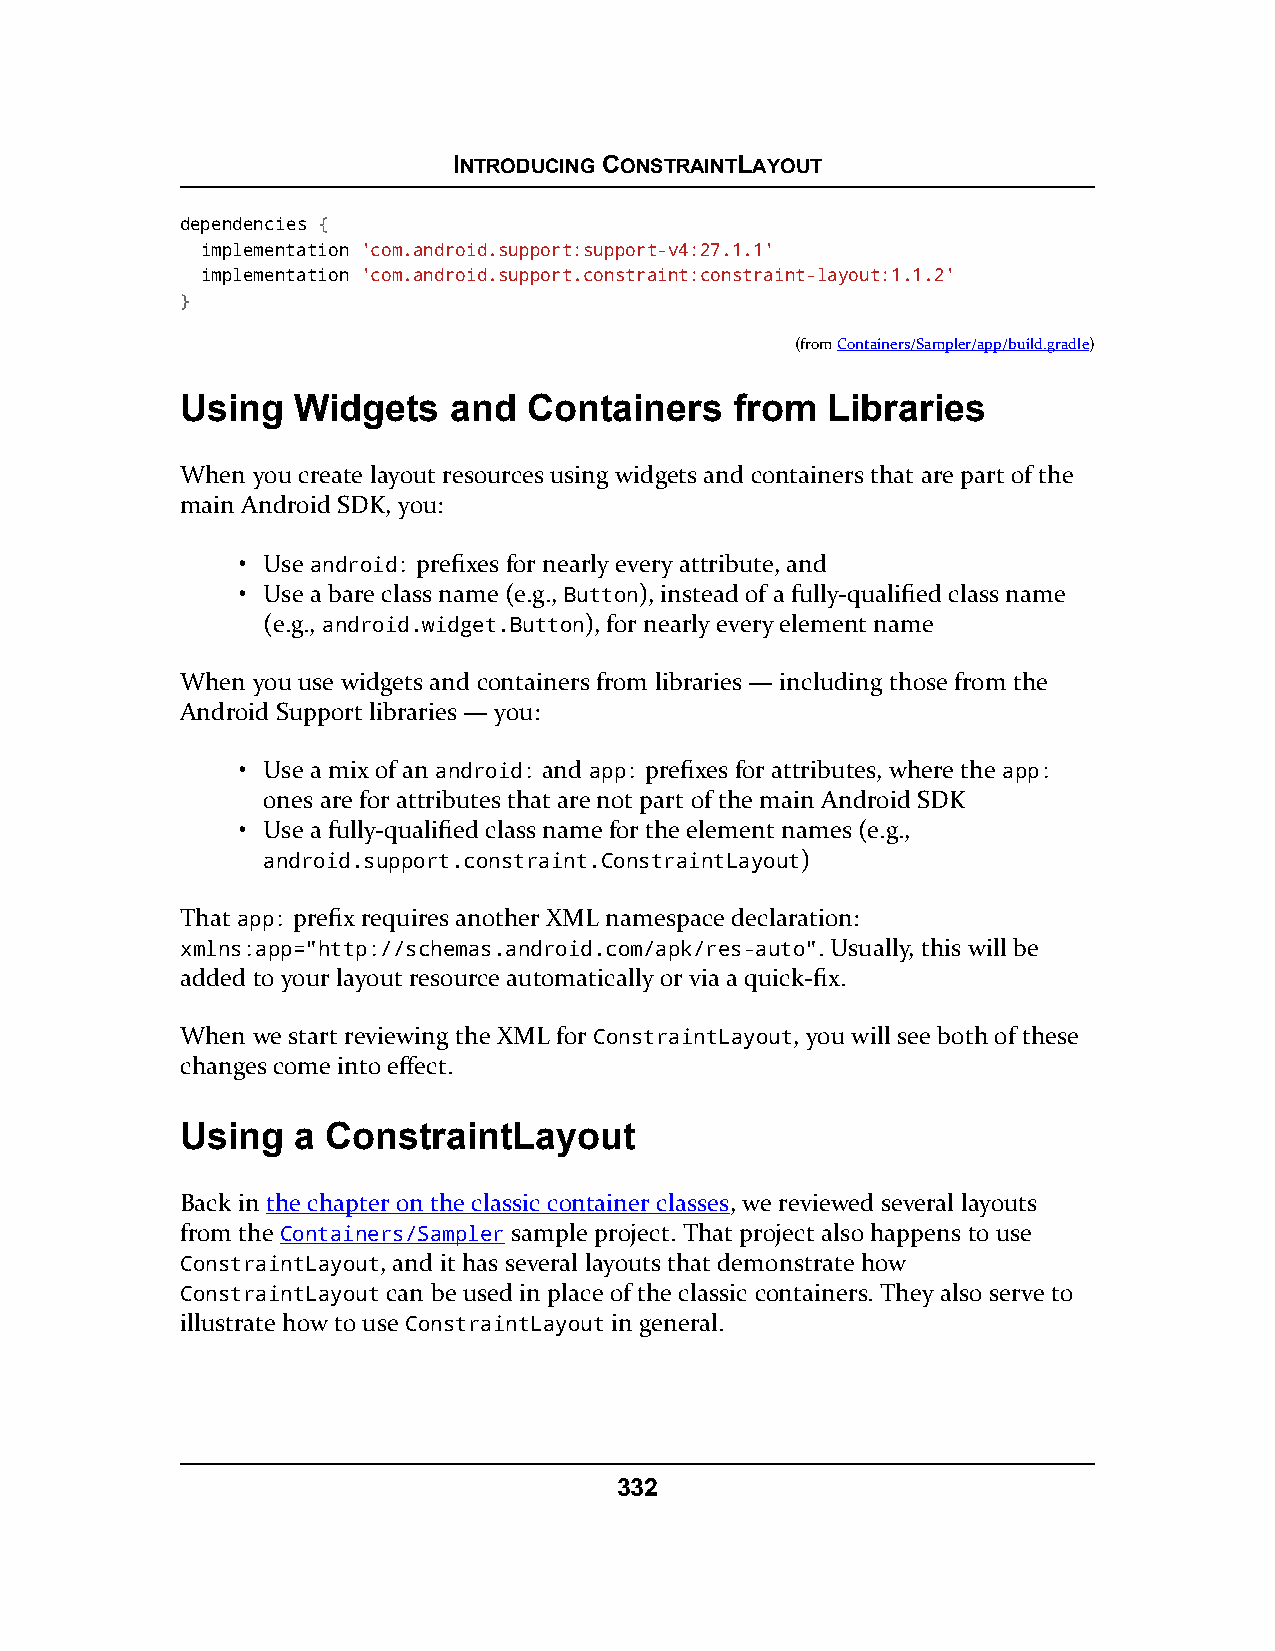
INTRODUCING CONSTRAINTLAYOUT
 dependencies {
 implementation 'com.android.support:support-v4:27.1.1'
 implementation 'com.android.support.constraint:constraint-layout:1.1.2'
 }
 (fromContainers/Sampler/app/build.gradle)
 Using  Widgets    and  Containers    from  Libraries
 When you create layout resources using widgets and containers that are part of the
 main Android SDK, you:
 • Use android: prefixes for nearly every attribute, and
 • Use a bare class name (e.g., Button), instead of a fully-qualified class name
 (e.g., android.widget.Button), for nearly every element name
 When you use widgets and containers from libraries — including those from the
 Android Support libraries — you:
 • Use a mix of an android: and app: prefixes for attributes, where the app:
 ones are for attributes that are not part of the main Android SDK
 • Use a fully-qualified class name for the element names (e.g.,
 android.support.constraint.ConstraintLayout)
 That app: prefix requires another XML namespace declaration:
 xmlns:app="http://schemas.android.com/apk/res-auto". Usually, this will be
 added to your layout resource automatically or via a quick-fix.
 When we start reviewing the XML for ConstraintLayout, you will see both of these
 changes come into effect.
 Using  a  ConstraintLayout
 Back in the chapter on the classic container classes, we reviewed several layouts
 from the Containers/Sampler sample project. That project also happens to use
 ConstraintLayout, and it has several layouts that demonstrate how
 ConstraintLayout can be used in place of the classic containers. They also serve to
 illustrate how to use ConstraintLayout in general.
 332